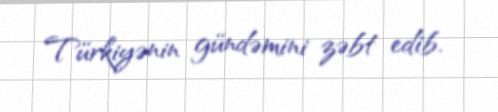
Türkiyənin gündəmini zəbt edib.